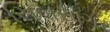
સિબસાગર